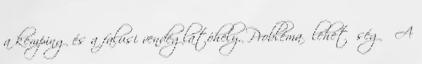
a kemping és a falusi vendéglátóhely. Probléma lehetőség ▪A